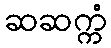
ဆဆက္ကံ